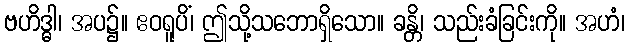
ဗဟိဒ္ဓါ၊ အပ၌။ ဧဝရူပိံ၊ ဤသို့သဘောရှိသော။ ခန္တိ၊ သည်းခံခြင်းကို။ အဟံ၊